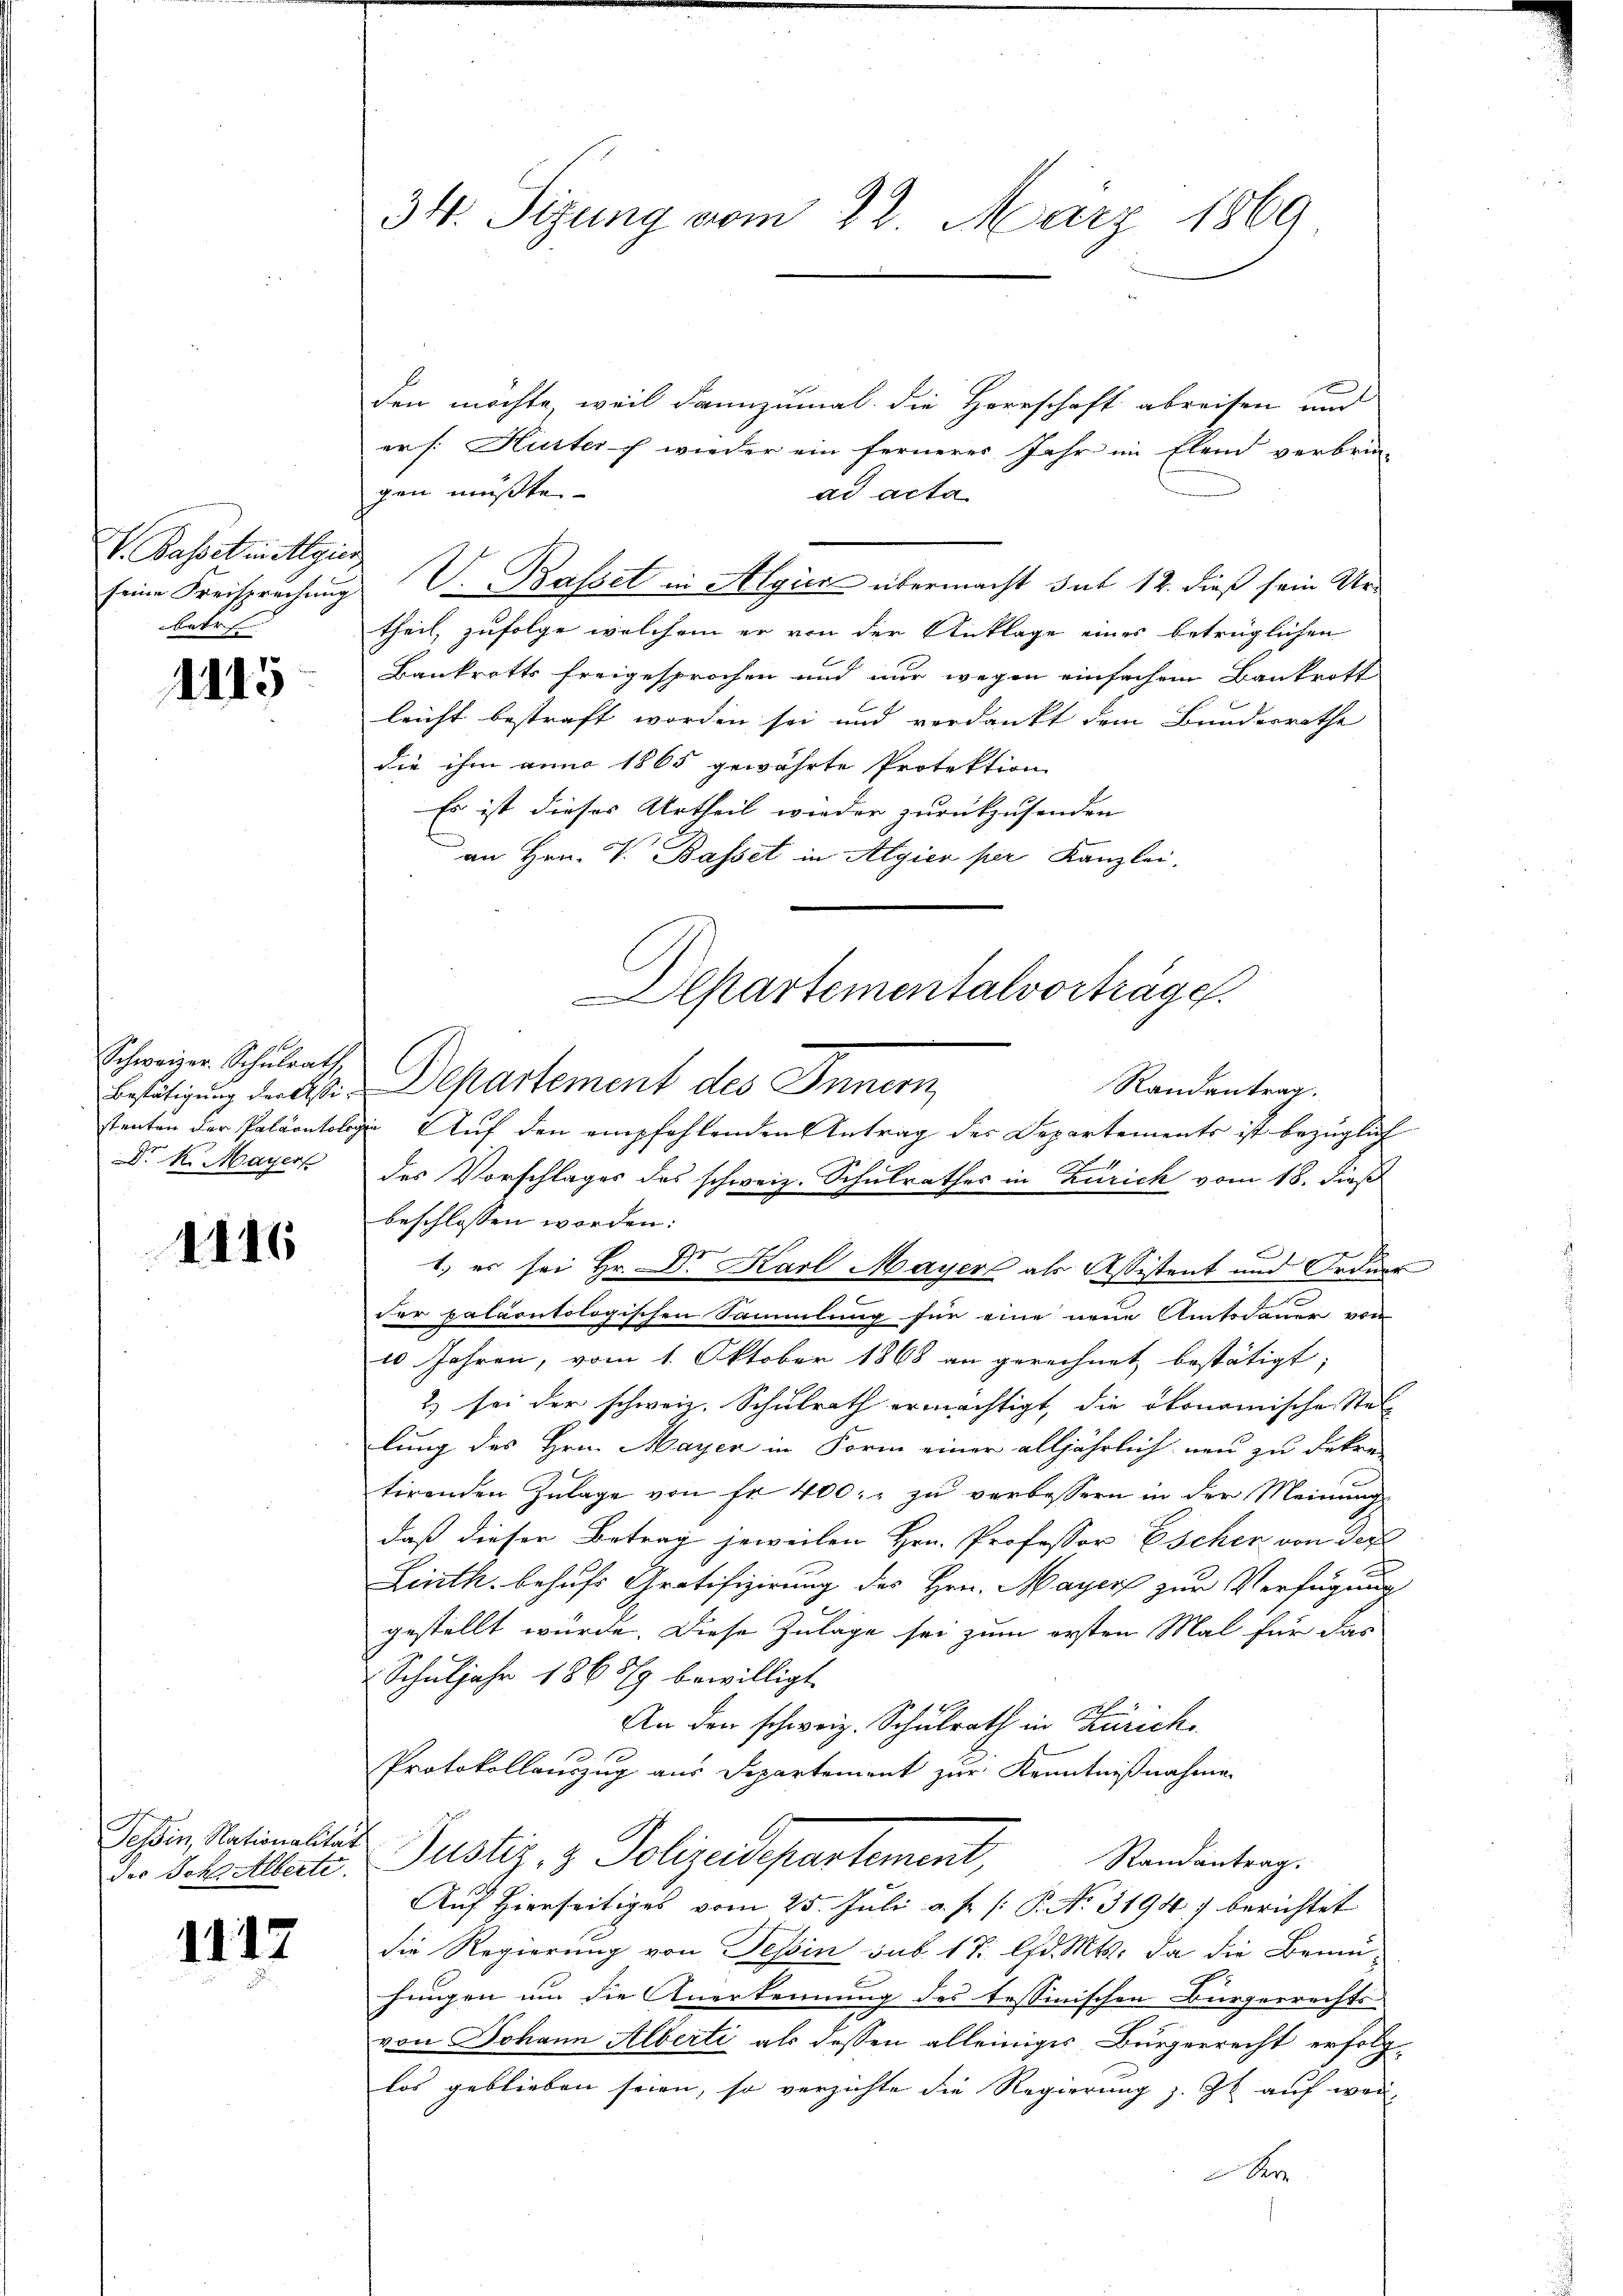
V. Basset in Algier
betr

1115

1 f
Schweizer. Schulrath,
Dr. K. Mayer

1116

der Sch Alberte.

1117

34. Sizung vom 22. März 1869

den möchte, weil dannzumal die Herrschaft abreisen und
ers: Hurter f wieder ein ferneres Jahr im Elend verbrin-
gen mußten.
ad acta
seine Freisprechung V. Basset in Algier übermacht sut 12. dieß sein Urtheil, zufolge welchem er von der Anklage eines betrüglichen
Bankrotts freigesprochen und nur wegen einfachen Bankrott
leicht bestraft worden sei und verdankt dem Bundesrathe
die ihm anno 1865 gewährte Protektion
Es ist dieses Urtheil wieder zurückzusenden
an Hrn. V. Basset in Algien per Kanzlei-
des Vorschlages des schweiz. Schulrathes in Zürich vom 18. dieß
beschlossen worden:
e
k
1.) es sei Hr. Dr Karl Mayer als Assistent und Ordner
.
der paläontologischen Sammlung für eine neue Amtsdauer von
10 Jahren, vom 1. Oktober 1868 an gerechnet bestätigt,
2) sei der schweiz. Schulrath ermächtigt, die ökonomische Stel-
lung des Hrn. Mayer in Form einer alljährlich neu zu dekre
tirenden Zulage von fr. 400. zu verbessern in der Meinung
daß dieser Betrag jeweilen Hrn. Professor Escher von der
Linth. behufs Gratifizierung des Hrn. Mayers zur Verfügung
gestellt würde. Diese Zulage sei zum ersten Mal für das
Schuljahr 1868 bewilligt.
An den schweiz. Schulrath in Zürich
Protokollauszug aus Departement zur Kenntnißnahme.
Sohin Rationalter Justiz & Polizeidepartement,
Randantrag.
Auf Hierseitiges vom 25. Juli a. f. /: P. No. 3194) berichtet
die Regierung von Tessin sub. 17. d. Mts. da die Bem-
hungen um die Anerkennung des tessinischen Bürgerrechts-
von Johann Alberti als dessen alleiniges Bürgerrecht erfolglos geblieben seien, so verzichte die Regierung z. Zt. auf wei-
er

Departementalvorträge.
Randantrag.
Beseitigung der ist. Departement des Innern
stenten der Paläontologie Auf den empfehlenden Antrag der Departements ist bezüglich